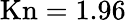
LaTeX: \mathrm{{Kn=1.96}}